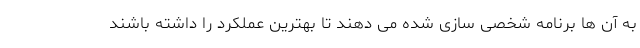
به آن ها برنامه شخصی سازی شده می دهند تا بهترین عملکرد را داشته باشند